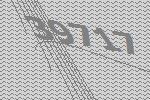
39717